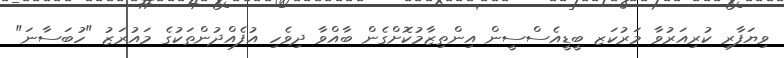
ވިޔަފާރި ކުރިއަރުވާ މަރުކަޒ ބީޑީއެސްސީން އިންތިޒާމުކޮށްގެން ބާއްވާ ދިވެހި އުފެއްދުންތަކުގެ މައުރަޒު "ހުބަސާނަ"